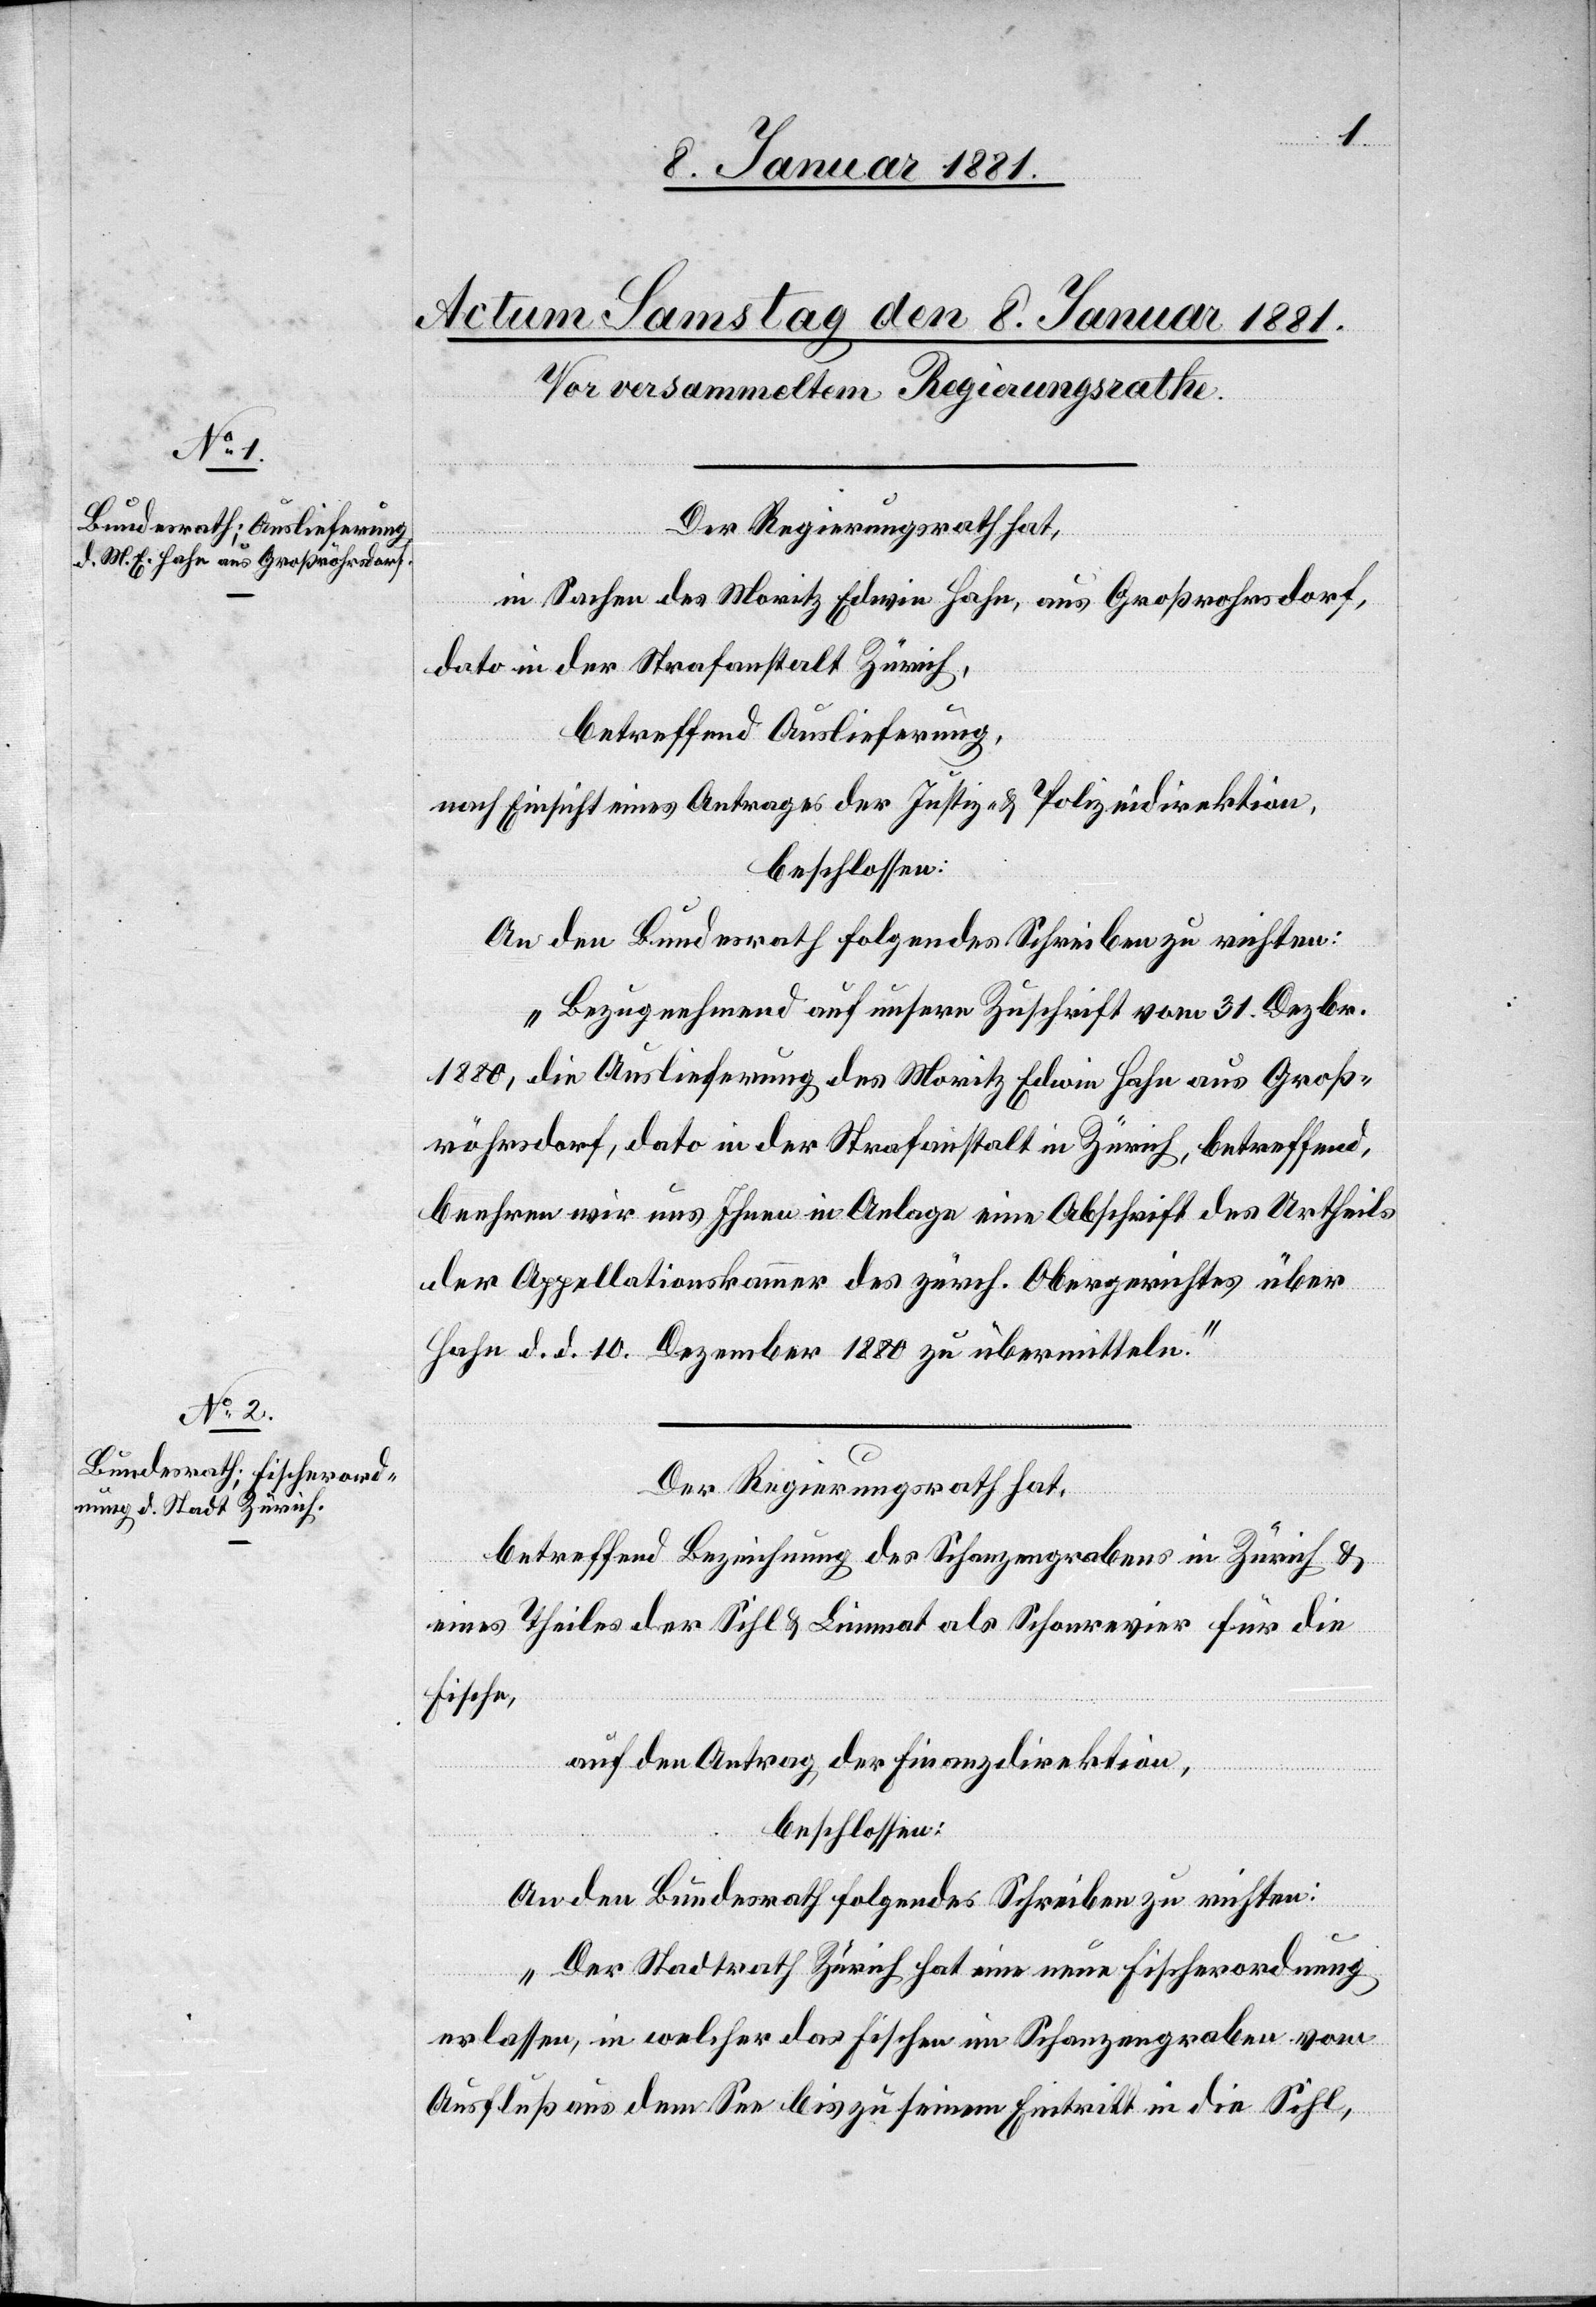
Der Regierungsrath hat,
in
in Sachen des Moritz Edwin Hahn, aus Großrohrsdorf
dato in der Strafanstalt Zürich,
betreffend Auslieferung,
nach Einsicht eines Antrages der Justiz- & Polizeidirektion,
beschlossen:
An den Bundesrath folgendes Schreiben zu richten:
„Bezugnehmend auf unsere Zuschrift vom 31. Dezbr.
1880, die Auslieferung des Moritz Edwin Hahn aus Groß¬
röhrsdorf, dato in der Strafanstalt in Zürich, betreffend,
beehren wir uns Ihnen in Anlage eine Abschrift des Urtheils
der Appellationskammer des zürch. Obergerichtes über
Hahn d. d. 10. Dezember 1880 zu übermitteln.“
Der Regierungsrath hat,
eines Theiles der Sihl & Limmat als Schonrevier für die
Fische,
auf den Antrag der Finanzdirektion,
beschlossen:
An den Bundesrath folgendes Schreiben zu richten:
„Der Stadtrath Zürich hat eine neue Fischerordnung
erlassen, in welcher das Fischen im Schanzengraben vom
Ausfluß aus dem See bis zu seinem Eintritt in die Sihl,